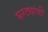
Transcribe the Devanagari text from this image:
घरट्यांची